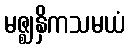
မဇ္ဈနှိကသမယံ